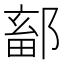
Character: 鄐